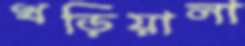
খড়িয়ালা